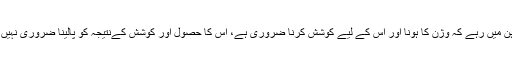
یہ ذہن میں رہے کہ وژن کا ہونا اور اس کے لیے کوشش کرنا ضروری ہے، اس کا حصول اور کوشش کےنتیجہ کو پالینا ضروری نہیں ہے۔